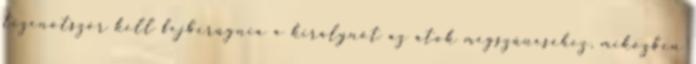
tizenötször kell fejberúgnia a királynőt az átok megszűnéséhez, miközben